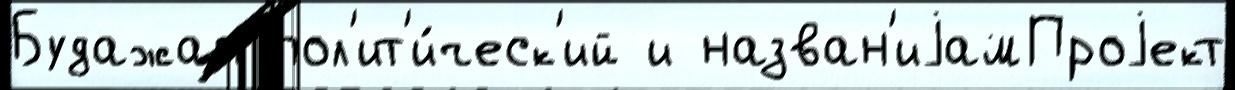
Будажап пол'ит'и́ческ'ий и назван'иjамПроjект